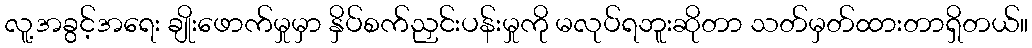
လူ့အခွင့်အရေး ချိုးဖောက်မှုမှာ နှိပ်စက်ညှင်းပန်းမှုကို မလုပ်ရဘူးဆိုတာ သတ်မှတ်ထားတာရှိတယ်။